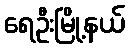
ရေဦးမြို့နယ်